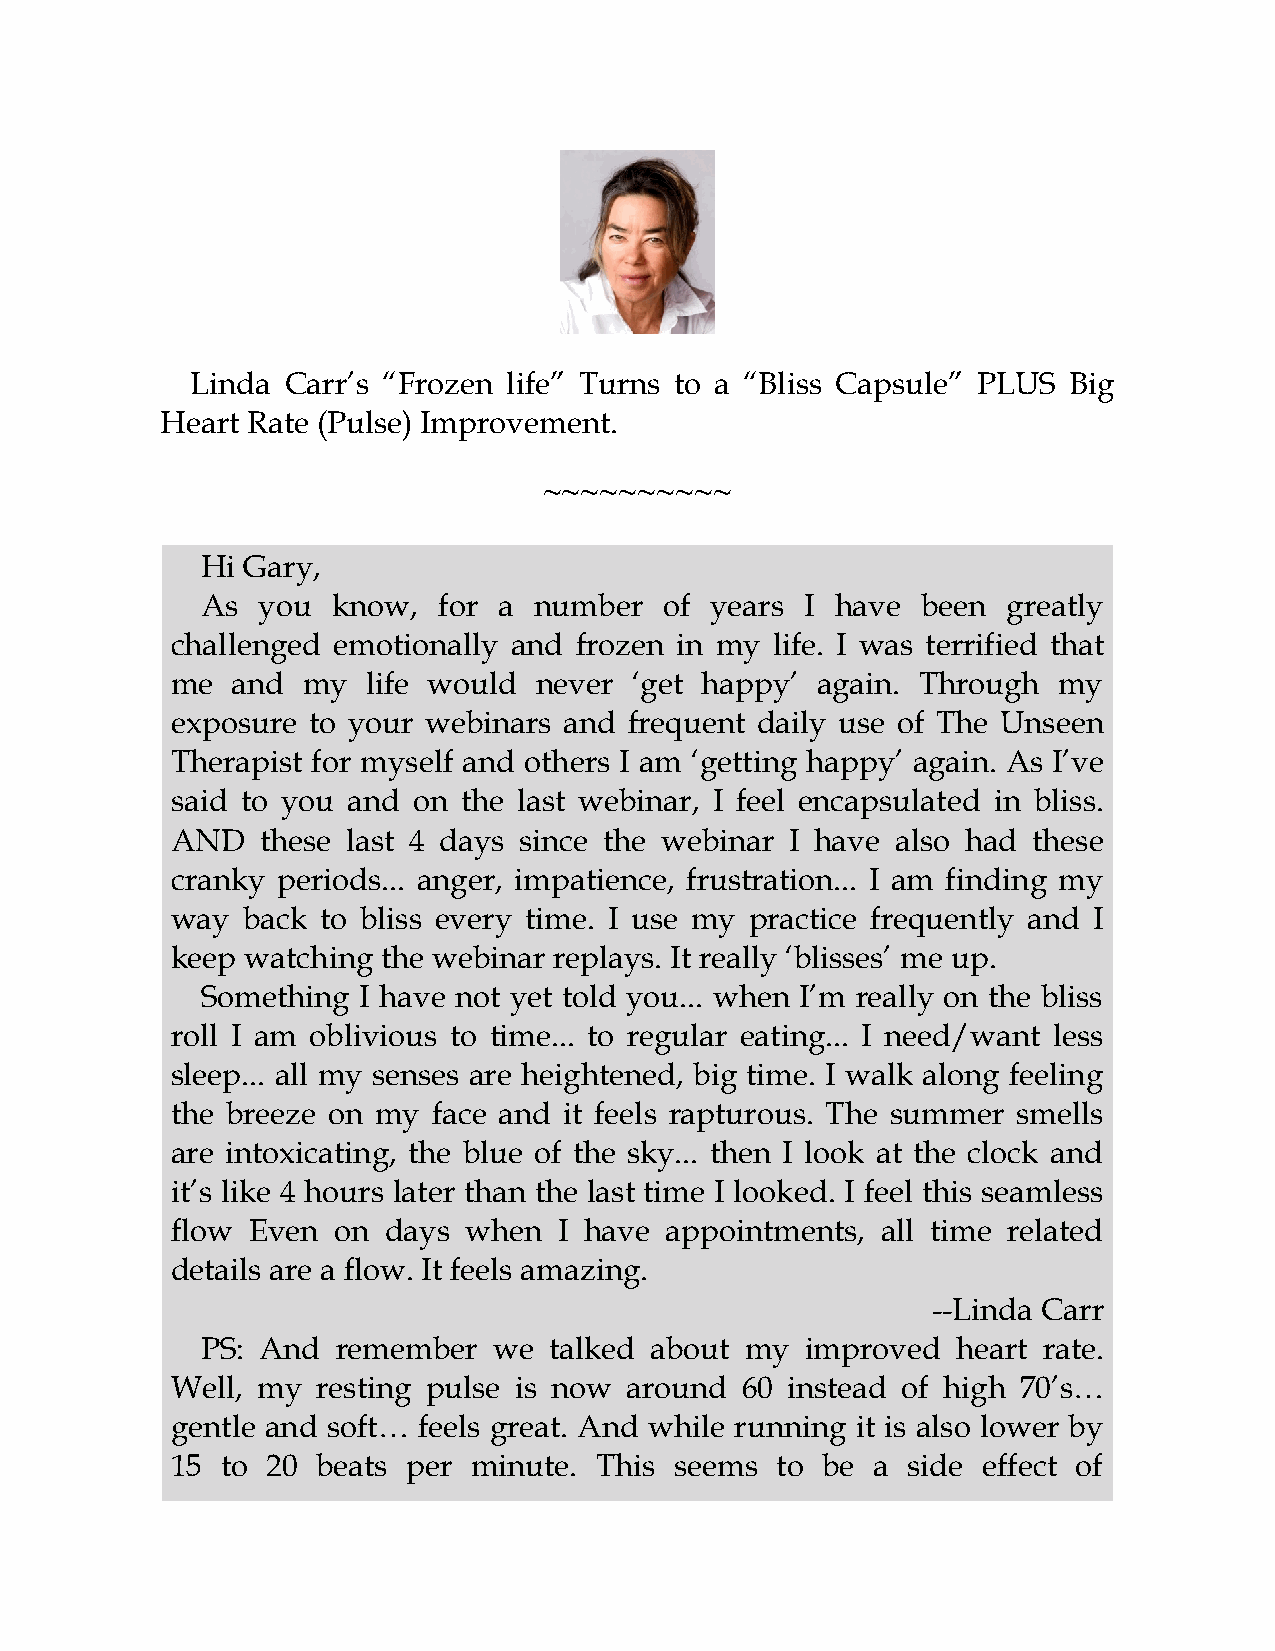
Linda Carr’s “Frozen life” Turns to a “Bliss Capsule” PLUS Big
 Heart Rate (Pulse) Improvement.
 ~~~~~~~~~~
 Hi Gary,
 As  you  know,  for a number   of years I have  been  greatly
 challenged emotionally and frozen in my life. I was terrified that
 me  and  my  life would never  ‘get happy’ again. Through  my
 exposure to your webinars and  frequent daily use of The Unseen
 Therapist for myself and others I am ‘getting happy’ again. As I’ve
 said to you and on  the last webinar, I feel encapsulated in bliss.
 AND   these last 4 days since the webinar I have also had these
 cranky periods... anger, impatience, frustration... I am finding my
 way  back to bliss every time. I use my practice frequently and I
 keep watching the webinar replays. It really ‘blisses’ me up.
 Something  I have not yet told you... when I’m really on the bliss
 roll I am oblivious to time... to regular eating... I need/want less
 sleep... all my senses are heightened, big time. I walk along feeling
 the breeze on my  face and it feels rapturous. The summer smells
 are intoxicating, the blue of the sky... then I look at the clock and
 it’s like 4 hours later than the last time I looked. I feel this seamless
 flow Even  on days  when  I have appointments, all time related
 details are a flow. It feels amazing.
 --Linda Carr
 PS: And  remember   we talked about my  improved  heart rate.
 Well, my  resting pulse is now around 60 instead of high 70’s…
 gentle and soft… feels great. And while running it is also lower by
 15  to 20 beats per minute. This  seems to be  a side effect of